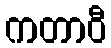
ကတာဝီ